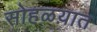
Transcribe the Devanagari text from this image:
सोहळय़ात